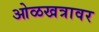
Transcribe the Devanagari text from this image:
ओळखत्रावर